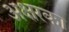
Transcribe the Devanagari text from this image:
अक्षरका